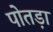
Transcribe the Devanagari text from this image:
पोतड़ा